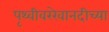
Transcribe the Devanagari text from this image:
पृथ्वीवररेवानदीच्या